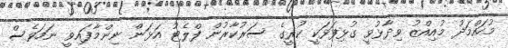
މުހައްމަދު މުއިއްޒު ވިދާޅުވީ ގުޅިފަޅަކީ ކުރީގެ ސަރުކާރުން ފްލެޓު އަޅަން ނިންމާފައިވީ ނަމަވެސް